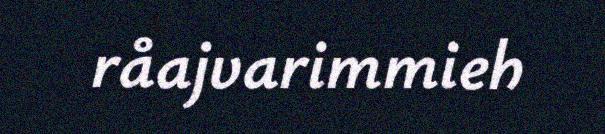
råajvarimmieh